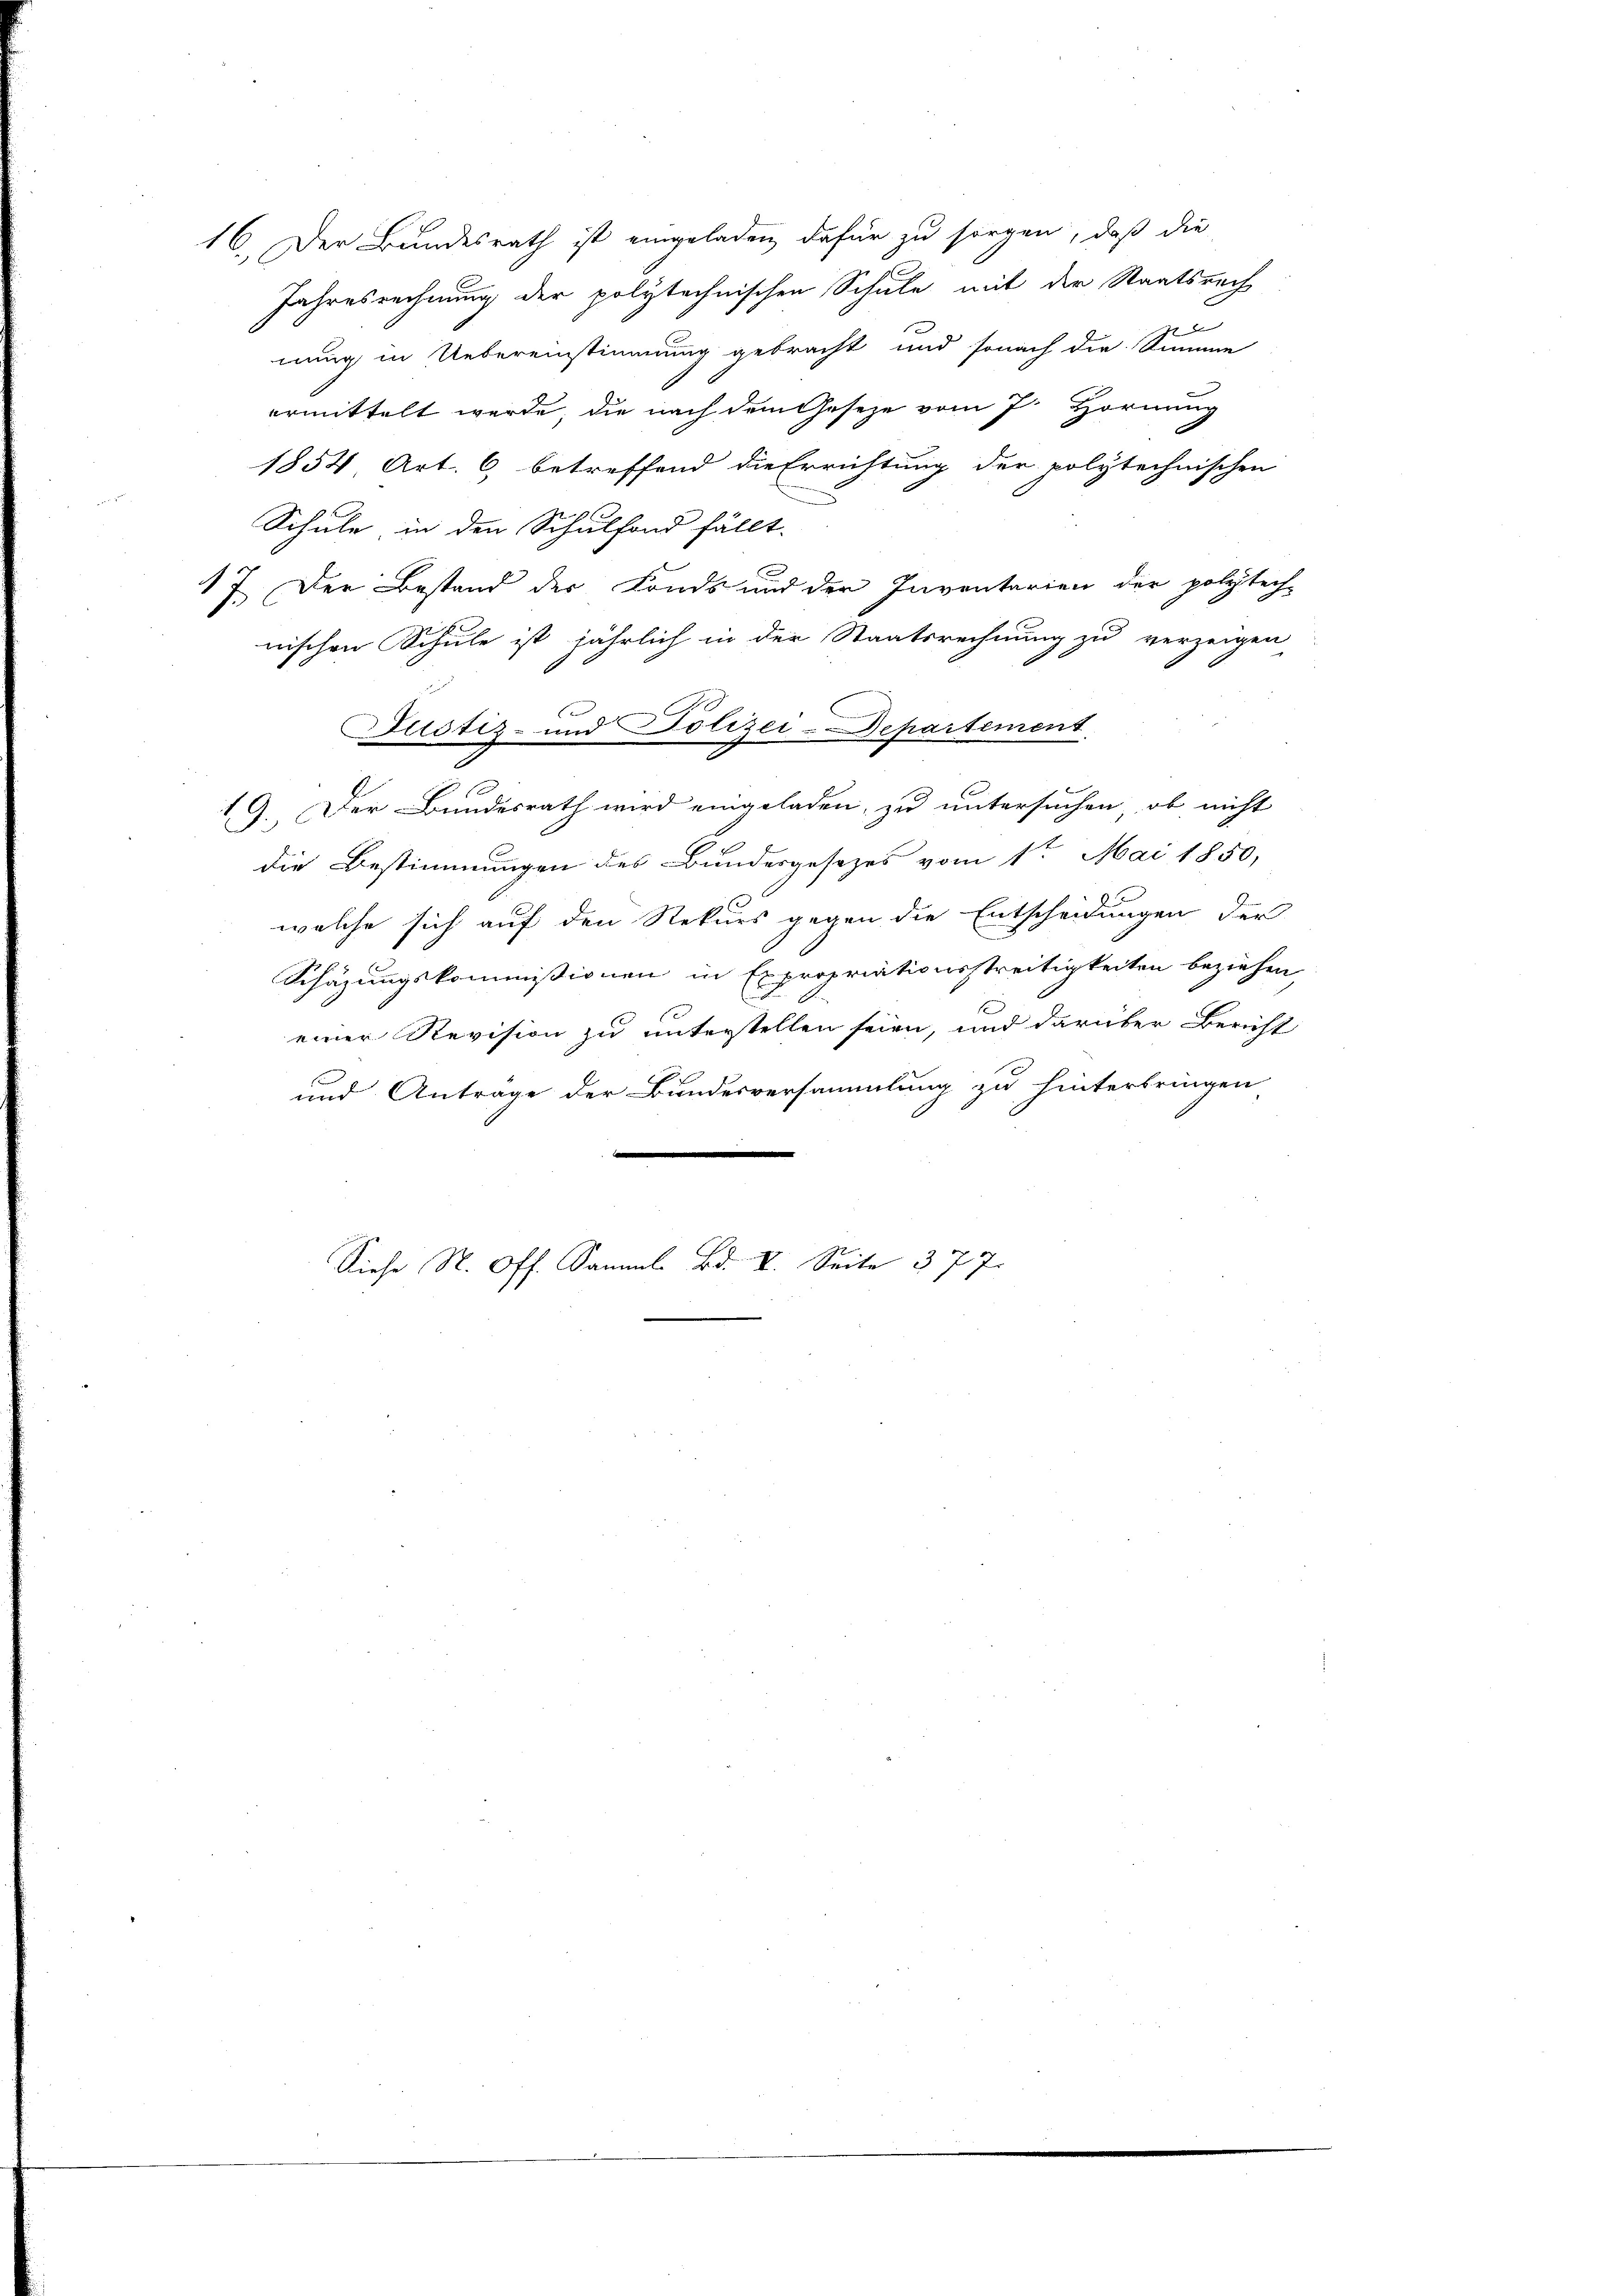
16. Der Bundesrath ist eingeladen, dafür zu sorgen, daß die
Jahresrechnung der polytechnischen Schule mit der Staatsrech

7 x
nung in Uebereinstimmung gebracht und sonach die Summe
ermittelt werde, die nach dem Geseze vom 7. Hornung
1854, Art. 6 betreffend die Errichtung der polytechnischen
Schule, in den Schulfond fällt.
17. Der Bestand der Fonds und der Inventarien der polytech-
nischen Schule ist jährlich in der Staatsrechnung zu verzeigen
19. Der Bundesrath wird eingeladen, zu untersuchen, ob nicht
die Bestimmungen des Bundesgesetzes vom 1ten Mai 1850,
welche sich auf den Rekurs gegen die Entscheidungen der
Schäzungskommissionen in Expropriationsstreitigkeiten beziehen,
einer Revision zu unterstellen seien, und darüber Bericht
x
E
und Antrage der Bundesversammlung zu hinterbringen
Diese St. Off. Samml. Bd. V. Seite 377.

Dustiz- und Polizei-Departement